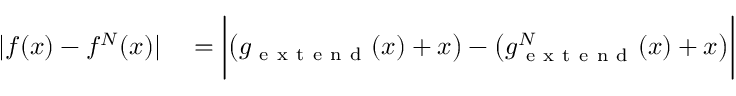
\begin{array} { r l } { | f ( x ) - f ^ { N } ( x ) | } & { { } = \bigg | \big ( g _ { \mathrm { ~ e ~ x ~ t ~ e ~ n ~ d ~ } } ( x ) + x \big ) - \big ( g _ { \mathrm { ~ e ~ x ~ t ~ e ~ n ~ d ~ } } ^ { N } ( x ) + x \big ) \bigg | } \end{array}